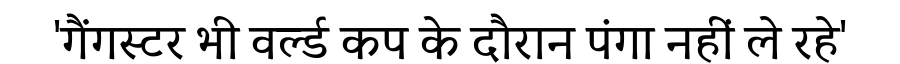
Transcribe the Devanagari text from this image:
'गैंगस्टर भी वर्ल्ड कप के दौरान पंगा नहीं ले रहे'